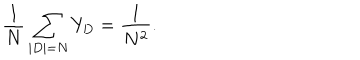
\frac { 1 } { N } \sum _ { | D | = N } Y _ { D } = \frac { 1 } { N ^ { 2 } } .